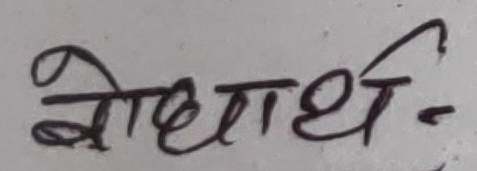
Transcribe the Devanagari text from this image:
बोधार्थ-